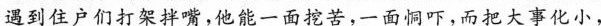
遇到住户们打架拌嘴，他能一面控苦，一面恫吓，而把大事化小，